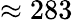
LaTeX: \approx 283